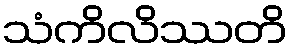
သံကိလိဿတိ